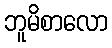
ဘူမိစာလော